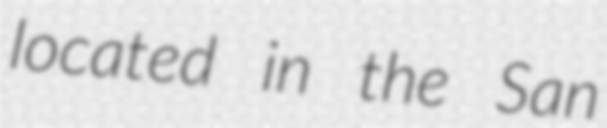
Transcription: located in the San